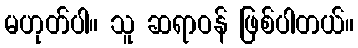
မဟုတ်ပါ။ သူ ဆရာဝန် ဖြစ်ပါတယ်။